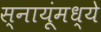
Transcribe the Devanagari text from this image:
स्नायूंमध्ये